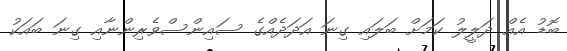
ބޮޑު އެއް ދަލީލު ކަމަށް ބަލައި ގިނަ އަދަދެއްގެ ސައިންސްވެރިންނާއި ގިނަ ބައަކު